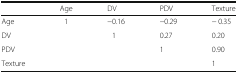
|  | Age | DV | PDV | Texture |
 | --- | --- | --- | --- | --- |
 | Age | 1 | −0.16 | −0.29 | − 0.35 |
 | DV |  | 1 | 0.27 | 0.20 |
 | PDV |  |  | 1 | 0.90 |
 | Texture |  |  |  | 1 |